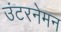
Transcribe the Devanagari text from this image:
उंटरनेमन